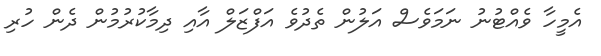
އެމީހާ ވެއްޓުނު ނަމަވެސް އަލުން ތެދުވެ އަފްޒަލް އާއި ދިމާކުރުމުން ދެން ހުރި